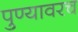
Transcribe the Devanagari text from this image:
पुण्यावरच